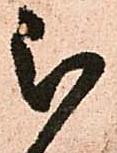
被